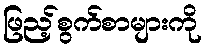
ဖြည့်စွက်စာများကို